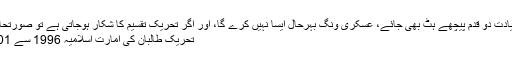
طالبان کی سیاسی قیادت دو قدم پیچھے ہٹ بھی جائے، عسکری ونگ بہرحال ایسا نہیں کرے گا، اور اگر تحریک تقسیم کا شکار ہوجاتی ہے تو صورتحال بدتر ہوجائے گی
تحریک طالبان کی امارت اسلامیہ 1996 سے 2001 تک باقی رہی۔